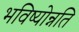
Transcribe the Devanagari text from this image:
भविष्योन्नति